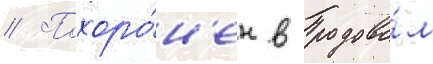
// Похоро́н'ен в родово́м